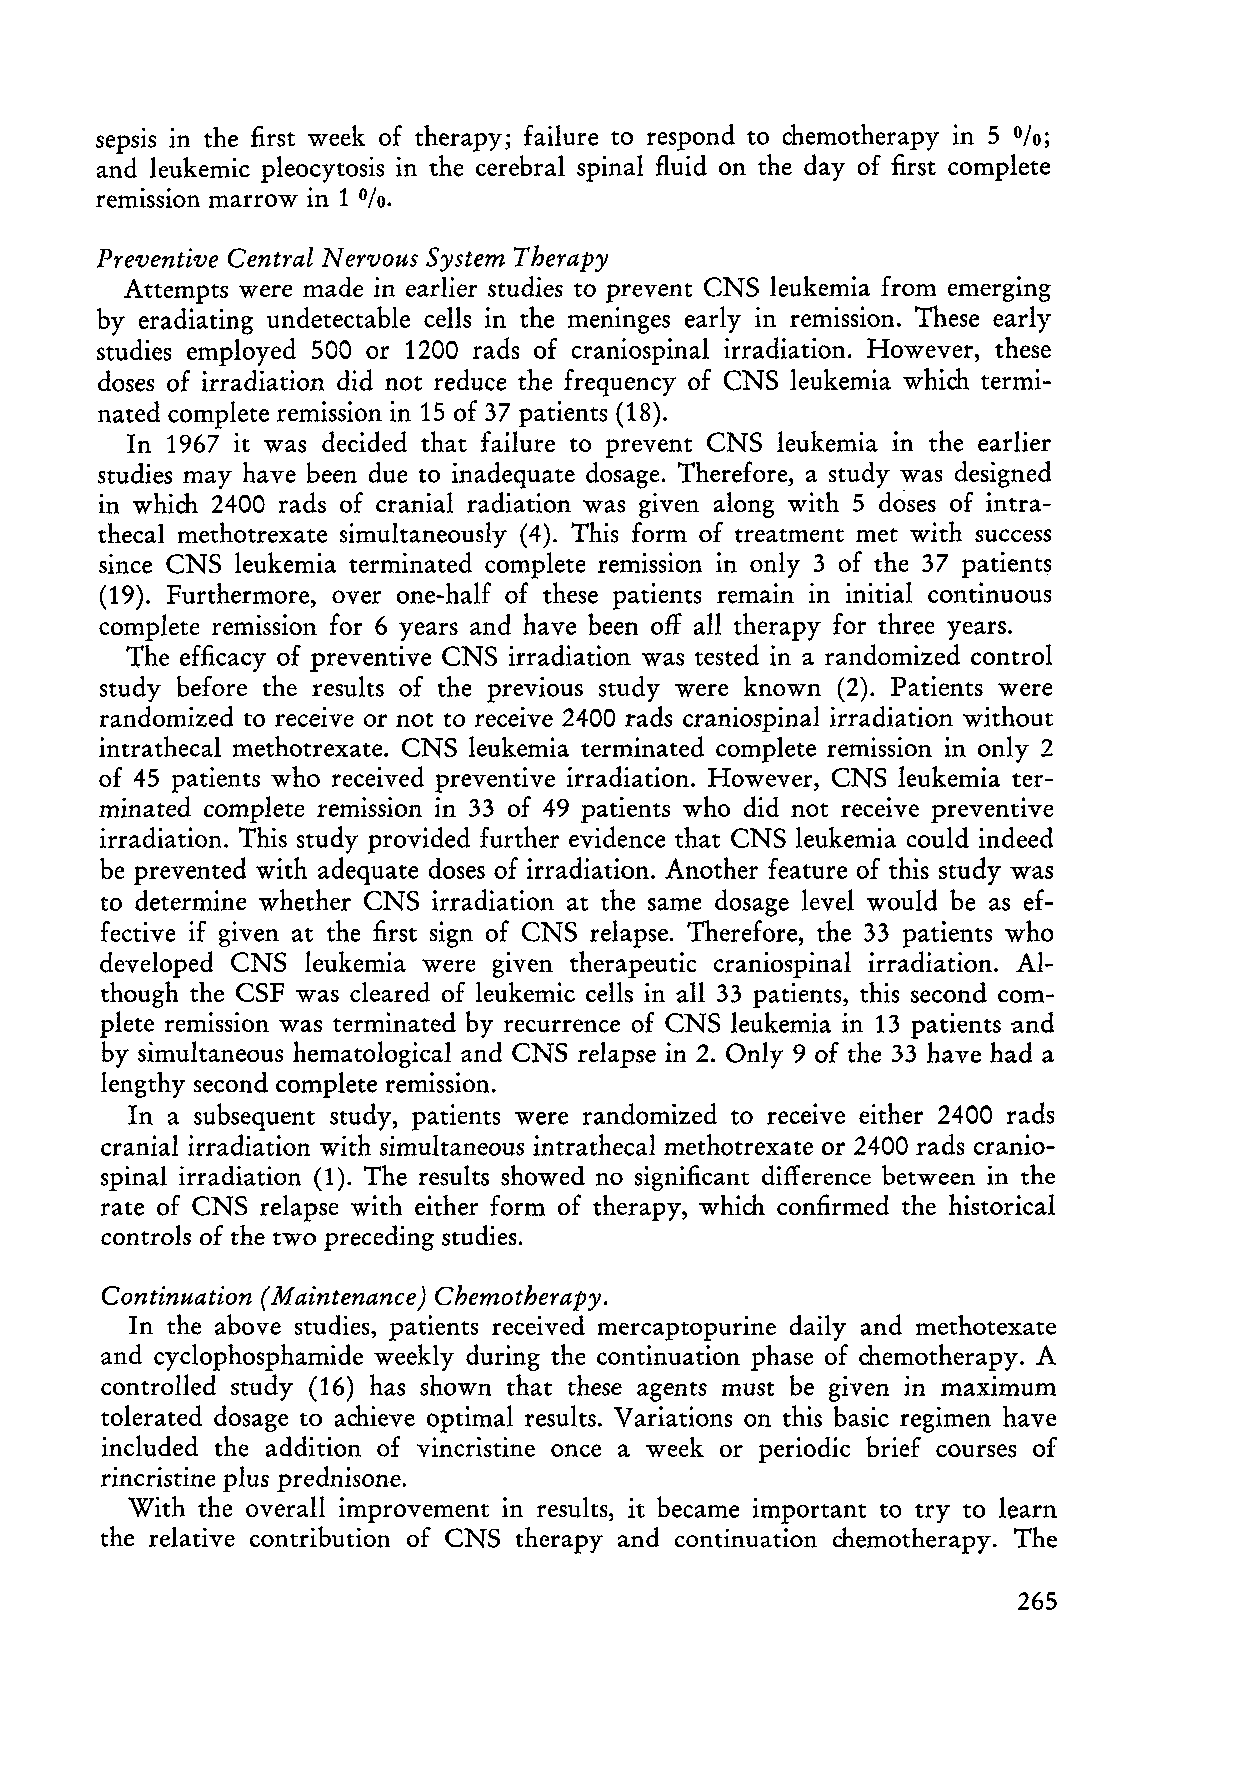
sepsis in the first week of therapy; failure to respond to chemotherapy in 5 0/0;
 and leukemic pleocytosis in the cerebral spinal fluid on the day of first complete
 remission marrow in 1 0/0.
 Preventive Central Nervous System Therapy
 Attempts were made in earlier studies to prevent CNS leukemia from emerging
 by eradiating undetectable cells in the meninges early in remission. These early
 studies employed 500 or 1200 rads of craniospinal irradiation. However, these
 doses of irradiation did not reduce the frequency of CNS leukemia wh ich termi
 nated complete remission in 15 of 37 patients (18).
 In 1967 it was decided that failure to prevent CNS leukemia in the earlier
 studies may have been due to inadequate dosage. Therefore, a study was designed
 in which 2400 rads of cranial radiation was given along with 5 doses of intra
 thecal methotrexate simultaneously (4). This form of treatment met with success
 since CNS leukemia terminated complete remission in only 3 of the 37 patients
 (19). Furthermore, over one-half of these patients remain in initial continuous
 complete remission for 6 years and have been off all therapy for three years.
 The efficacy of preventive CNS irradiation was tested in a randomized control
 study before the results of the previous study were known (2). Patients were
 randomized to receive or not to reeeive 2400 rads eraniospinal irradiation without
 intrathecal methotrexate. CNS leukemia terminated complete remission in only 2
 of 45 patients who reeeived preventive irradiation. However, CNS leukemia ter
 minated complete remission in 33 of 49 patients who did not receive preventive
 irradiation. This study provided further evidence that CNS leukemia could indeed
 be prevented with adequate doses of irradiation. Another feature of this study was
 to determine whether CNS irradiation at the same dosage level would be as ef
 feetive if given at the first sign of CNS relapse. Therefore, the 33 patients who
 developed CNS leukemia were given therapeutic eraniospinal irradiation. AI
 though the CSF was cleared of leukemic cells in all 33 patients, this second com
 plete remission was terminated by recurrenee of CNS leukemia in 13 patients and
 by simultaneous hematological and CNS relapse in 2. Only 9 of the 33 have had a
 lengthy second eomplete remission.
 In a subsequent study, patients were randomized to receive either 2400 rads
 cranial irradiation with simultaneous intrathecal methotrexate or 2400 rads cranio
 spinal irradiation (1). The results showed no significant difference between in the
 rate of CNS relapse with either form of therapy, which eonfirmed the historie al
 controls of the two preceding studies.
 Continuation (Maintenance) Chemotherapy.
 In the above studies, patients received mereaptopurine daily and methotexate
 and cyclophosphamide weekly during the continuation phase of chemotherapy. A
 eontrolled study (16) has shown that these agents must be given in maximum
 tolerated dosage to achieve optimal results. Variations on this basic regimen have
 included the addition of vineristine onee a week or periodic brief courses of
 rineristine plus prednisone.
 With the overall improvement in results, it became important to try to learn
 the relative contribution of CNS therapy and continuation chemotherapy. The
 265